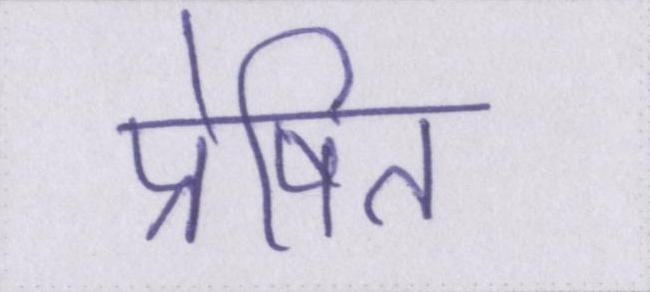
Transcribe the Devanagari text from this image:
प्रेषित